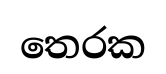
තෙරක